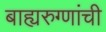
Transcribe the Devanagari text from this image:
बाह्यरुग्णांची